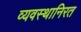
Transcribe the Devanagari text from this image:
व्यवस्थानिरत